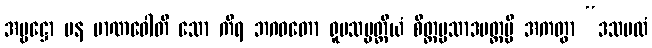
အမ္ဗဋ္ဌော ပန မာဏဝေါတိ သော ကိရ ဘဂဝတော ရူပသမ္ပတ္တိယံ စိတ္တပ္ပသာဒမတ္တမ္ပိ အကတွာ “ဒသဗလံ